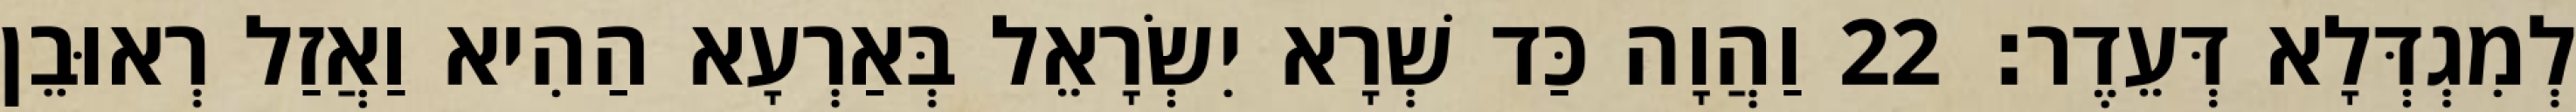
לְמִגְדְּלָא דְּעֵדֶר׃ 22 וַהֲוָה כַּד שְׁרָא יִשְׂרָאֵל בְּאַרְעָא הַהִיא וַאֲזַל רְאוּבֵן